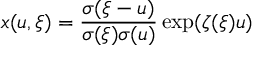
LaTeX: x ( u , \xi ) = { \frac { \sigma ( \xi - u ) } { \sigma ( \xi ) \sigma ( u ) } } \exp ( { \zeta ( \xi ) u } )